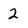
Character: 2